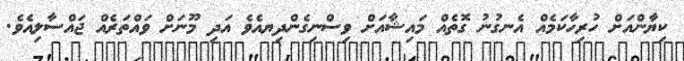
ކިޔާންއަށް ހުރިހާކަމެއް އެނގުނު ގޮތެއް މައިޝާއަށް ވިސްނިގެންދިޔއެވެ އަދި މޫނަށް ވައްތަރެއް ޖައްސާލިއެވެ.